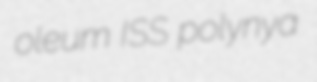
oleum ISS polynya